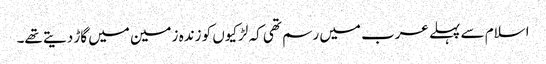
اسلام سے پہلے عرب میں رسم تھی کہ لڑکیوں کو زندہ زمین میں گاڑ دیتے تھے۔